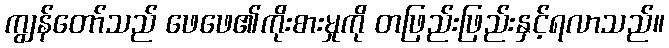
ကျွန်တော်သည် ဖေဖေ၏ကိုးစားမှုကို တဖြည်းဖြည်းနှင့်ရလာသည်။